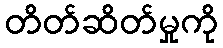
တိတ်ဆိတ်မှုကို